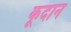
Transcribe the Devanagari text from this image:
कूदान